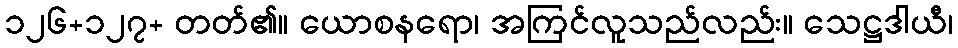
၁၂၆+၁၂၇+ တတ်၏။ ယောစနရော၊ အကြင်လူသည်လည်း။ သေဋ္ဌဒါယီ၊